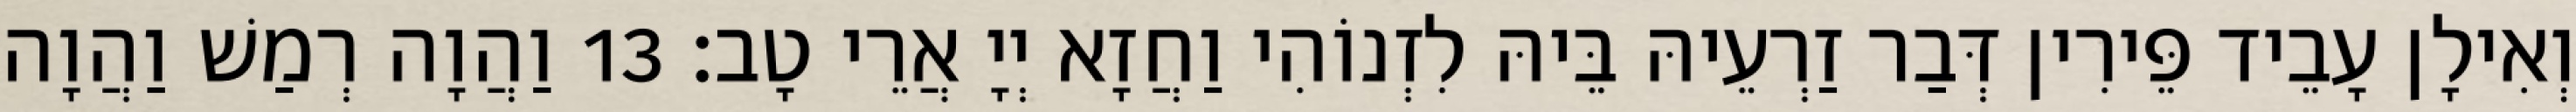
וְאִילָן עָבֵיד פֵּירִין דְּבַר זַרְעֵיהּ בֵּיהּ לִזְנוֹהִי וַחֲזָא יְיָ אֲרֵי טָב׃ 13 וַהֲוָה רְמַשׁ וַהֲוָה